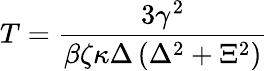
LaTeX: T=\frac{3\gamma^{2}}{\beta\zeta\kappa\Delta\left(\Delta^{2}+\Xi^{2}\right)}